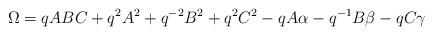
LaTeX: \begin{align*}\Omega=q ABC+q^2 A^2+q^{-2}B^2+q^2C^2-qA\alpha-q^{-1}B\beta-qC\gamma\end{align*}